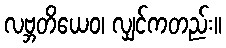
လဗ္ဘတိယေဝ၊ လျှင်ကတည်း။